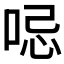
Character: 𠲹